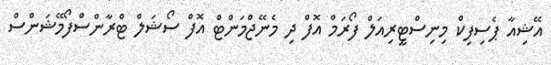
އޭޝިއާ ޕެސިފިކް މިނިސްޓީރިއަލް ފޯރަމް އޮފް ދި މެނޭޖްމަންޓް އޮފް ސޯޝަލް ޓްރާންސްފޯމޭޝަންސް